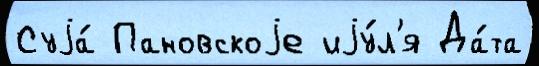
Суjа́ Пановскоjе иjу́л'я Да́та